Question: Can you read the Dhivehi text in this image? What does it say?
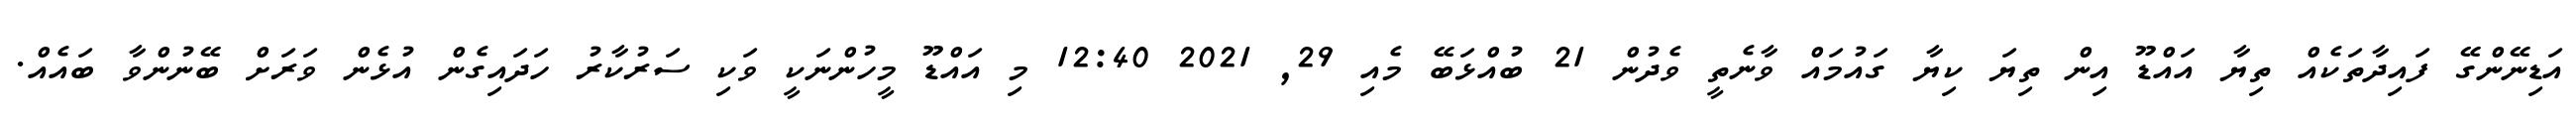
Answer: އަޑިނޭންގޭ ފައިދާތަކެއް ތިޔާ އައްޑޫ އިން ތިޔަ ކިޔާ ގައުމައް ވާނެތީ ވެދުން 21 ބުއްޅަބޭ މެއި 29, 2021 12:40 މި އައްޑޫ މީހުންނަކީ ވަކި ސަރުކާރު ހަދައިގެން އުޅެން ވަރަށް ބޭނުންވާ ބައެއް.